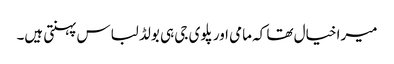
میرا خیال تھا کہ مامی اور پلوی جی ہی بولڈ لباس پہنتی ہیں۔